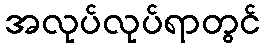
အလုပ်လုပ်ရာတွင်